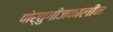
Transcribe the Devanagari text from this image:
पोर्तुगीजकालीन